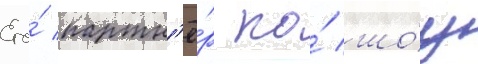
Его́ партн'ё́р по́ шо́у